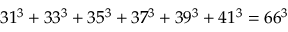
3 1 ^ { 3 } + 3 3 ^ { 3 } + 3 5 ^ { 3 } + 3 7 ^ { 3 } + 3 9 ^ { 3 } + 4 1 ^ { 3 } = 6 6 ^ { 3 }